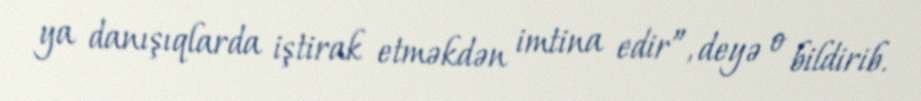
ya danışıqlarda iştirak etməkdən imtina edir”, deyə o bildirib.